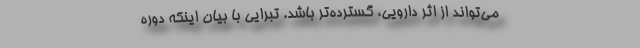
می‌تواند از اثر دارویی، گسترده‌تر باشد. تبرایی با بیان اینکه دوره